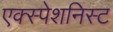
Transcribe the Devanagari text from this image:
एक्स्पेशनिस्ट